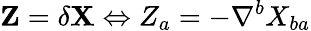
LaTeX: \mathbf{Z}=\delta\mathbf{X}\Leftrightarrow Z_{a}=-\nabla^{b}X_{ba}